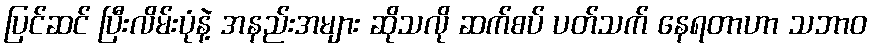
ပြင်ဆင် ပြီးလိမ်းပုံနဲ့ အနည်းအများ ဆိုသလို ဆက်စပ် ပတ်သက် နေရတာဟာ သဘာဝ